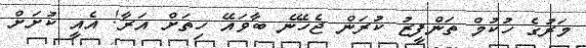
މަރުގެ ހުކުމް ތަންފީޒު ކުރަން ޖެހޭނެ ބާވައޭ ހިތަށް އަރާ! އެއީ ކުށަށް